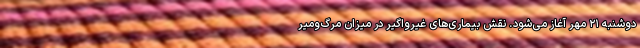
دوشنبه ۲۱ مهر آغاز می‌شود. نقش بیماری‌های غیرواگیر در میزان مرگ‌ومیر